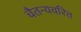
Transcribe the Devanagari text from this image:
चैतन्यचरित